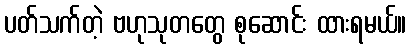
ပတ်သက်တဲ့ ဗဟုသုတတွေ စုဆောင်း ထားရမယ်။